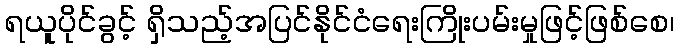
ရယူပိုင်ခွင့် ရှိသည့်အပြင်နိုင်ငံရေးကြိုးပမ်းမှုဖြင့်ဖြစ်စေ၊